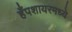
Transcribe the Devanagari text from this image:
हँपशायरमध्ये